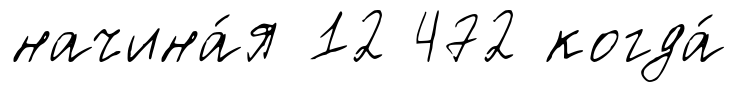
начина́я 12 472 когда́